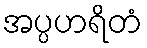
အပ္ပဟရိတံ